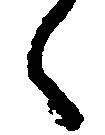
々